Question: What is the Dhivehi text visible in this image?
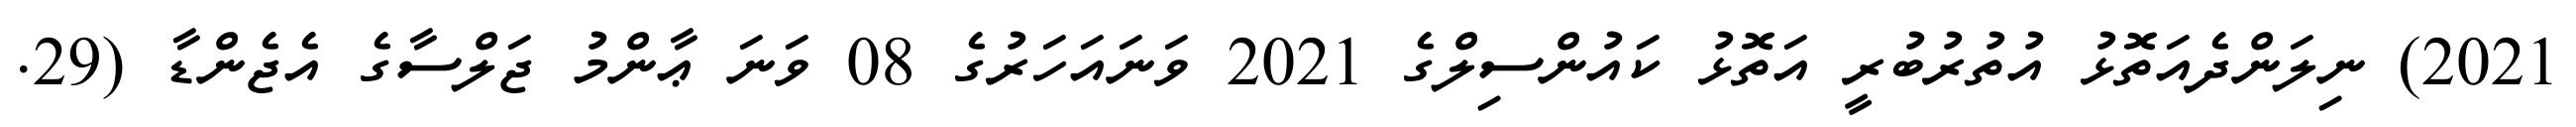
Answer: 2021) ނިލަންދެއަތޮޅު އުތުރުބުރީ އަތޮޅު ކައުންސިލްގެ 2021 ވަނައަހަރުގެ 08 ވަނަ ޢާންމު ޖަލްސާގެ އެޖެންޑާ (29.